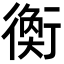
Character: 𧗽